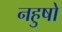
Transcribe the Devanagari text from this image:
नहुषो